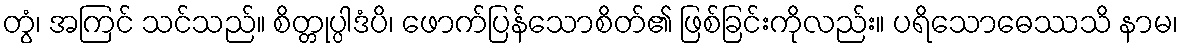
တွံ၊ အကြင် သင်သည်။ စိတ္တုပ္ပါဒံပိ၊ ဖောက်ပြန်သောစိတ်၏ ဖြစ်ခြင်းကိုလည်း။ ပရိသောဓေဿသိ နာမ၊